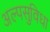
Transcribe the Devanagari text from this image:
अल्पसुविधा